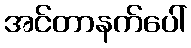
အင်တာနက်ပေါ်